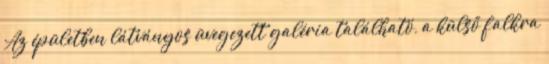
Az épületben látványos üvegezett galéria található, a külső falkra